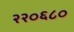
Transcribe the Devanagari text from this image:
२२०६८०